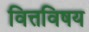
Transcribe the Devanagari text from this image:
वित्तविषय